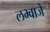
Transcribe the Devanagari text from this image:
लभ्वाजे